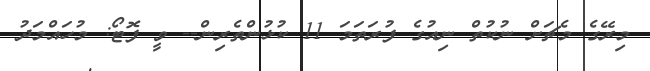
މިރޭގެ މެޗަށް ނުކުތް ނިއުގެ ފުރަތަމަ 11 ކުޅުންތެރިން-- ވީ ފޮޓޯ: މުހައްމަދު